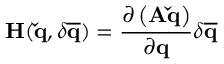
\mathbf { H } ( \mathbf { \check { q } } , \delta \mathbf { \overline { { q } } } ) = \frac { \partial \left( \mathbf { A } \mathbf { \check { q } } \right) } { \partial \mathbf { q } } \delta \mathbf { \overline { { q } } }